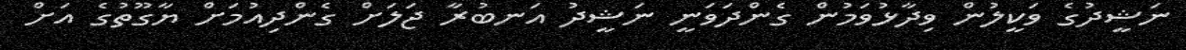
ނަޝީދުގެ ވަކީލުން ވިދާޅުވަމުން ގެންދަވަނީ ނަޝީދު އަނބުރާ ޖަލަށް ގެންދިއުމަށް ޔާގޫތުގެ އަށް